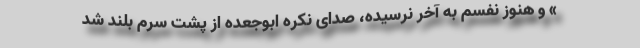
» و هنوز نفسم به آخر نرسیده، صدای نکره ابوجعده از پشت سرم بلند شد